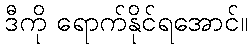
ဒီကို ရောက်နိုင်ရအောင်။